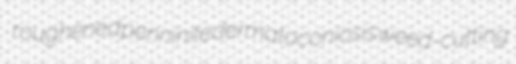
roughened penninite dermatoconiosis weed-cutting